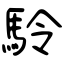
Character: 駖